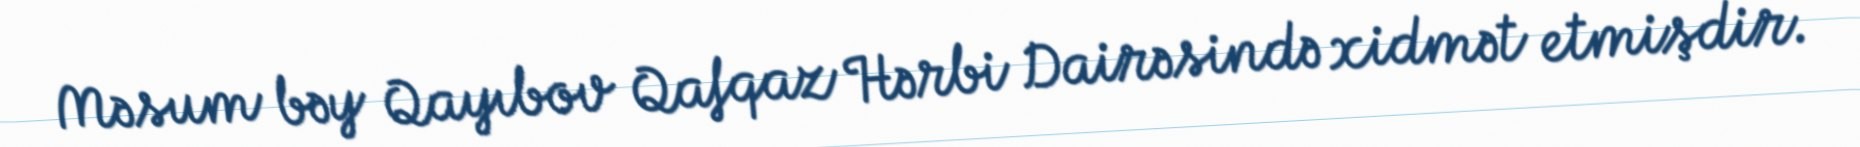
Məsum bəy Qayıbov Qafqaz Hərbi Dairəsində xidmət etmişdir.